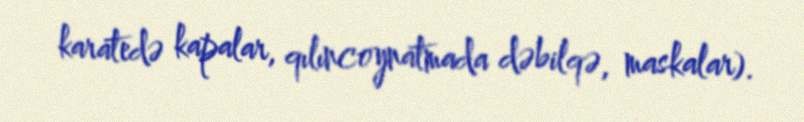
karatedə kapalar, qılıncoynatmada dəbilqə, maskalar).